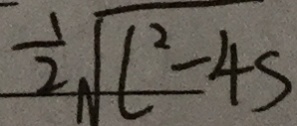
\frac { 1 } { 2 } \sqrt { l ^ { 2 } - 4 s }